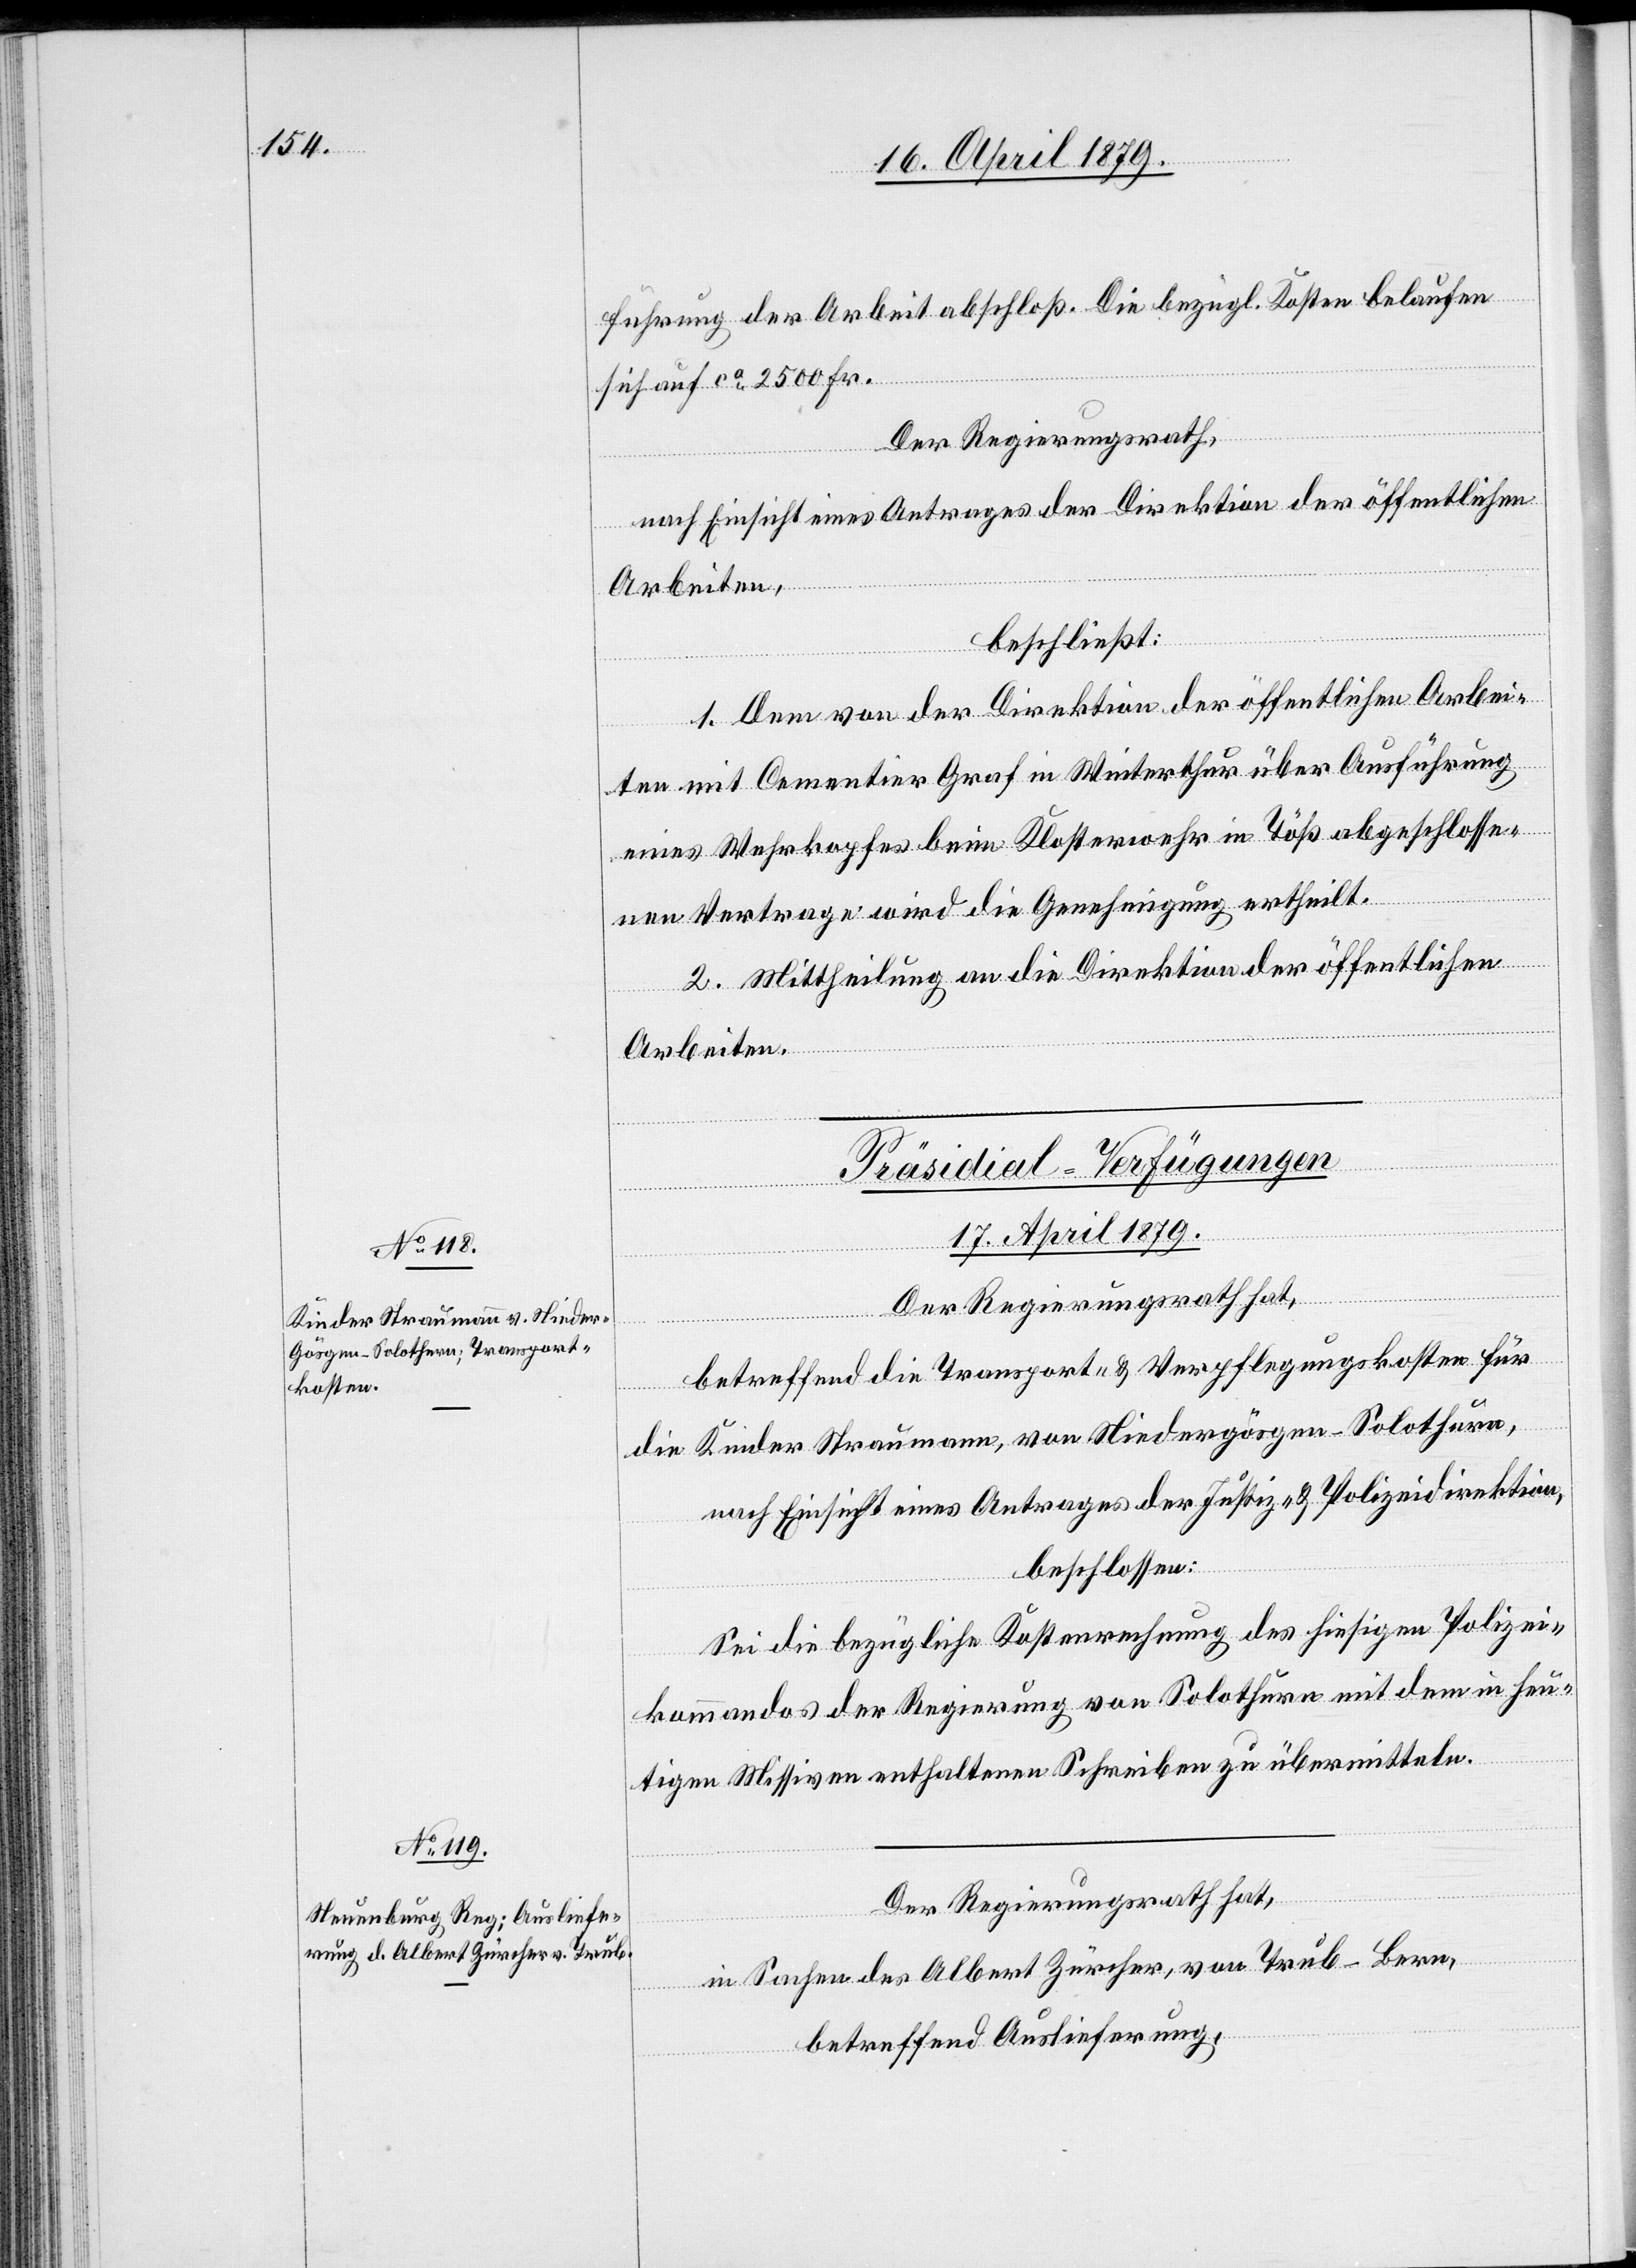
führung der Arbeit abschloß. Die bezügl. Kosten belaufen
sich auf ca 2500 Fr.
Der Regierungsrath,
nach Einsicht eines Antrages der Direktion der öffentlichen
Arbeiten,
beschließt:
1. Dem von der Direktion der öffentlichen Arbei¬
ten mit Cementier Graf in Winterthur über Ausführung
eines Wehrkopfes beim Klosterwehr in Töß abgeschlosse¬
nen Vertrage wird die Genehmigung ertheilt.
2. Mittheilung an die Direktion der öffentlichen
Arbeiten.
[Präsidial-Verfügungen
17. April 1879.]
Der Regierungsrath hat,
betreffend die Transport- & Verpflegungskosten für
die Kinder Straumann, von Niedergösgen - Solothurn,
nach Einsicht eines Antrages der Justiz- & Polizeidirektion,
beschlossen:
Sei die bezügliche Kostenrechnung des hiesigen Polizei¬
kommandos der Regierung von Solothurn mit dem in heu¬
tigen Missiven enthaltenen Schreiben zu übermitteln.
in Sachen des Albert Zürcher, von Trub - Bern,
betreffend Auslieferung,